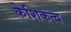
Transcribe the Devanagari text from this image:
केशिकत्व